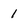
Character: 1